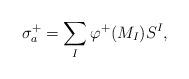
LaTeX: \begin{align*}\sigma_a^+ = \sum_{I} \varphi^+(M_I) S^I,\end{align*}